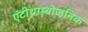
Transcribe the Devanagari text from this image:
एंटीथ्राम्बोजनिक